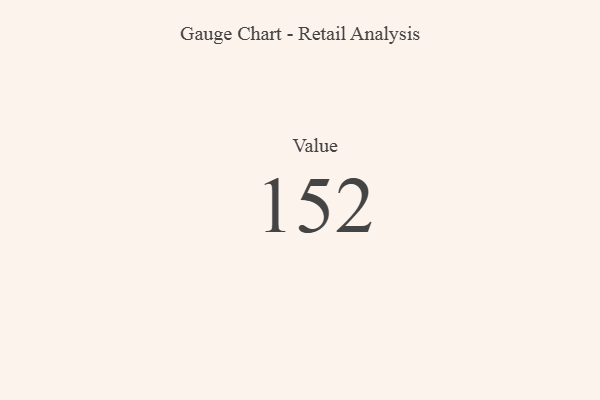
{"axis": {"x": "Metric", "y": "Value"}, "legend": [""], "data": [{"x": "Value", "y": 152, "type": ""}]}